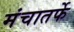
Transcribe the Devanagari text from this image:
मंचातर्फे